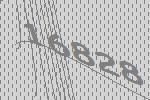
16828